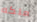
ملكه